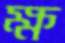
ক্ষ